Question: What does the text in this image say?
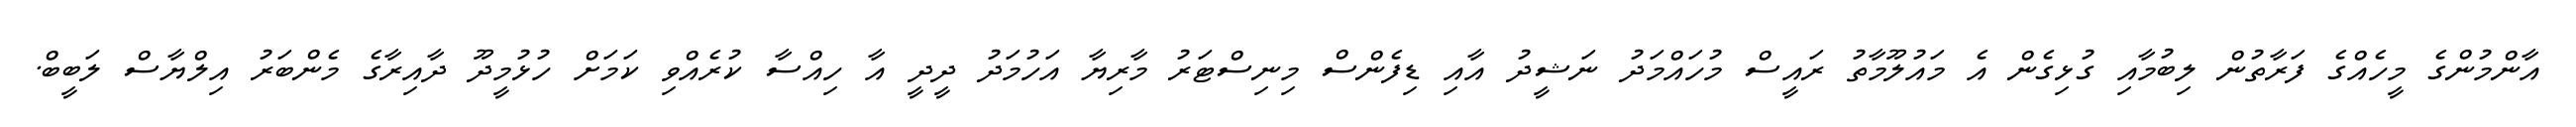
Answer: އާންމުންގެ މީހެއްގެ ފަރާތުން ލިބުމާއި ގުޅިގެން އެ މައުލޫމާތު ރައީސް މުހައްމަދު ނަޝީދު އާއި ޑިފެންސް މިނިސްޓަރު މާރިޔާ އަހުމަދު ދީދީ އާ ހިއްސާ ކުރެއްވި ކަމަށް ހުޅުމީދޫ ދާއިރާގެ މެންބަރު އިލްޔާސް ލަބީބް.